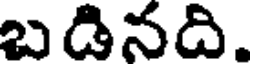
బడినది.